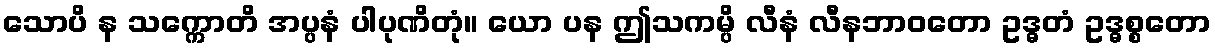
သောပိ န သက္ကောတိ အပ္ပနံ ပါပုဏိတုံ။ ယော ပန ဤသကမ္ပိ လီနံ လီနဘာဝတော ဥဒ္ဓတံ ဥဒ္ဓစ္စတော